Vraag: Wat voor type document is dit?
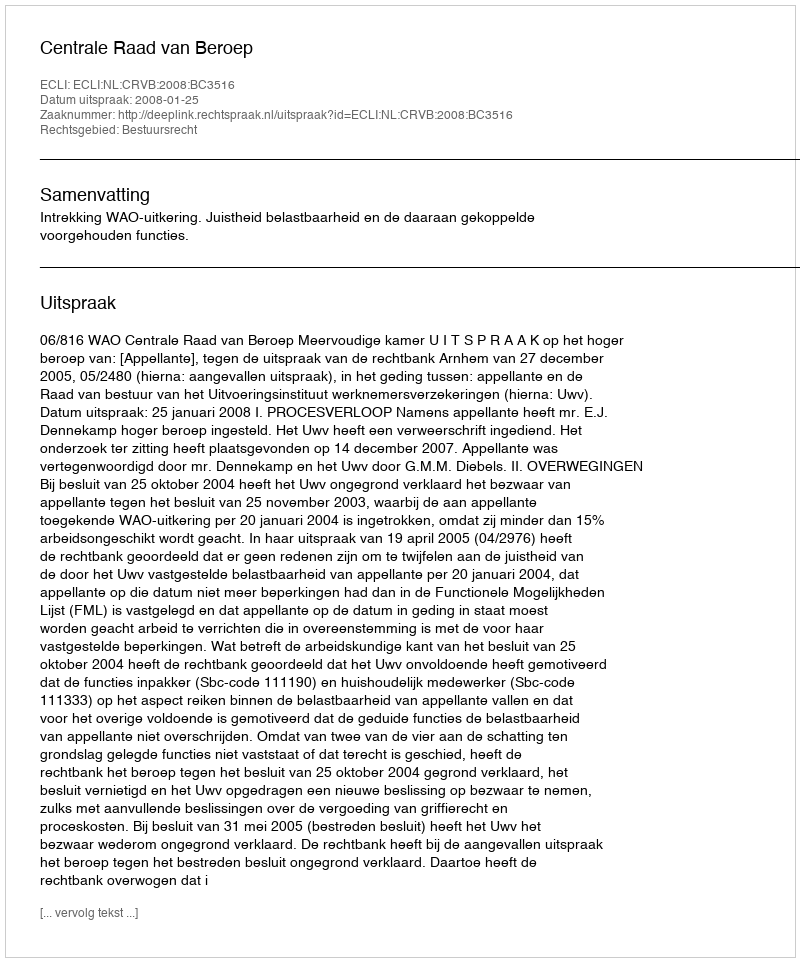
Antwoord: Uitspraak